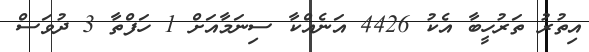
އިތުރު ތަރުހީބާ އެކު 4426 އަނެއްކާ ސިނަމާއަށް 1 ހަފްތާ 3 ދުވަސް